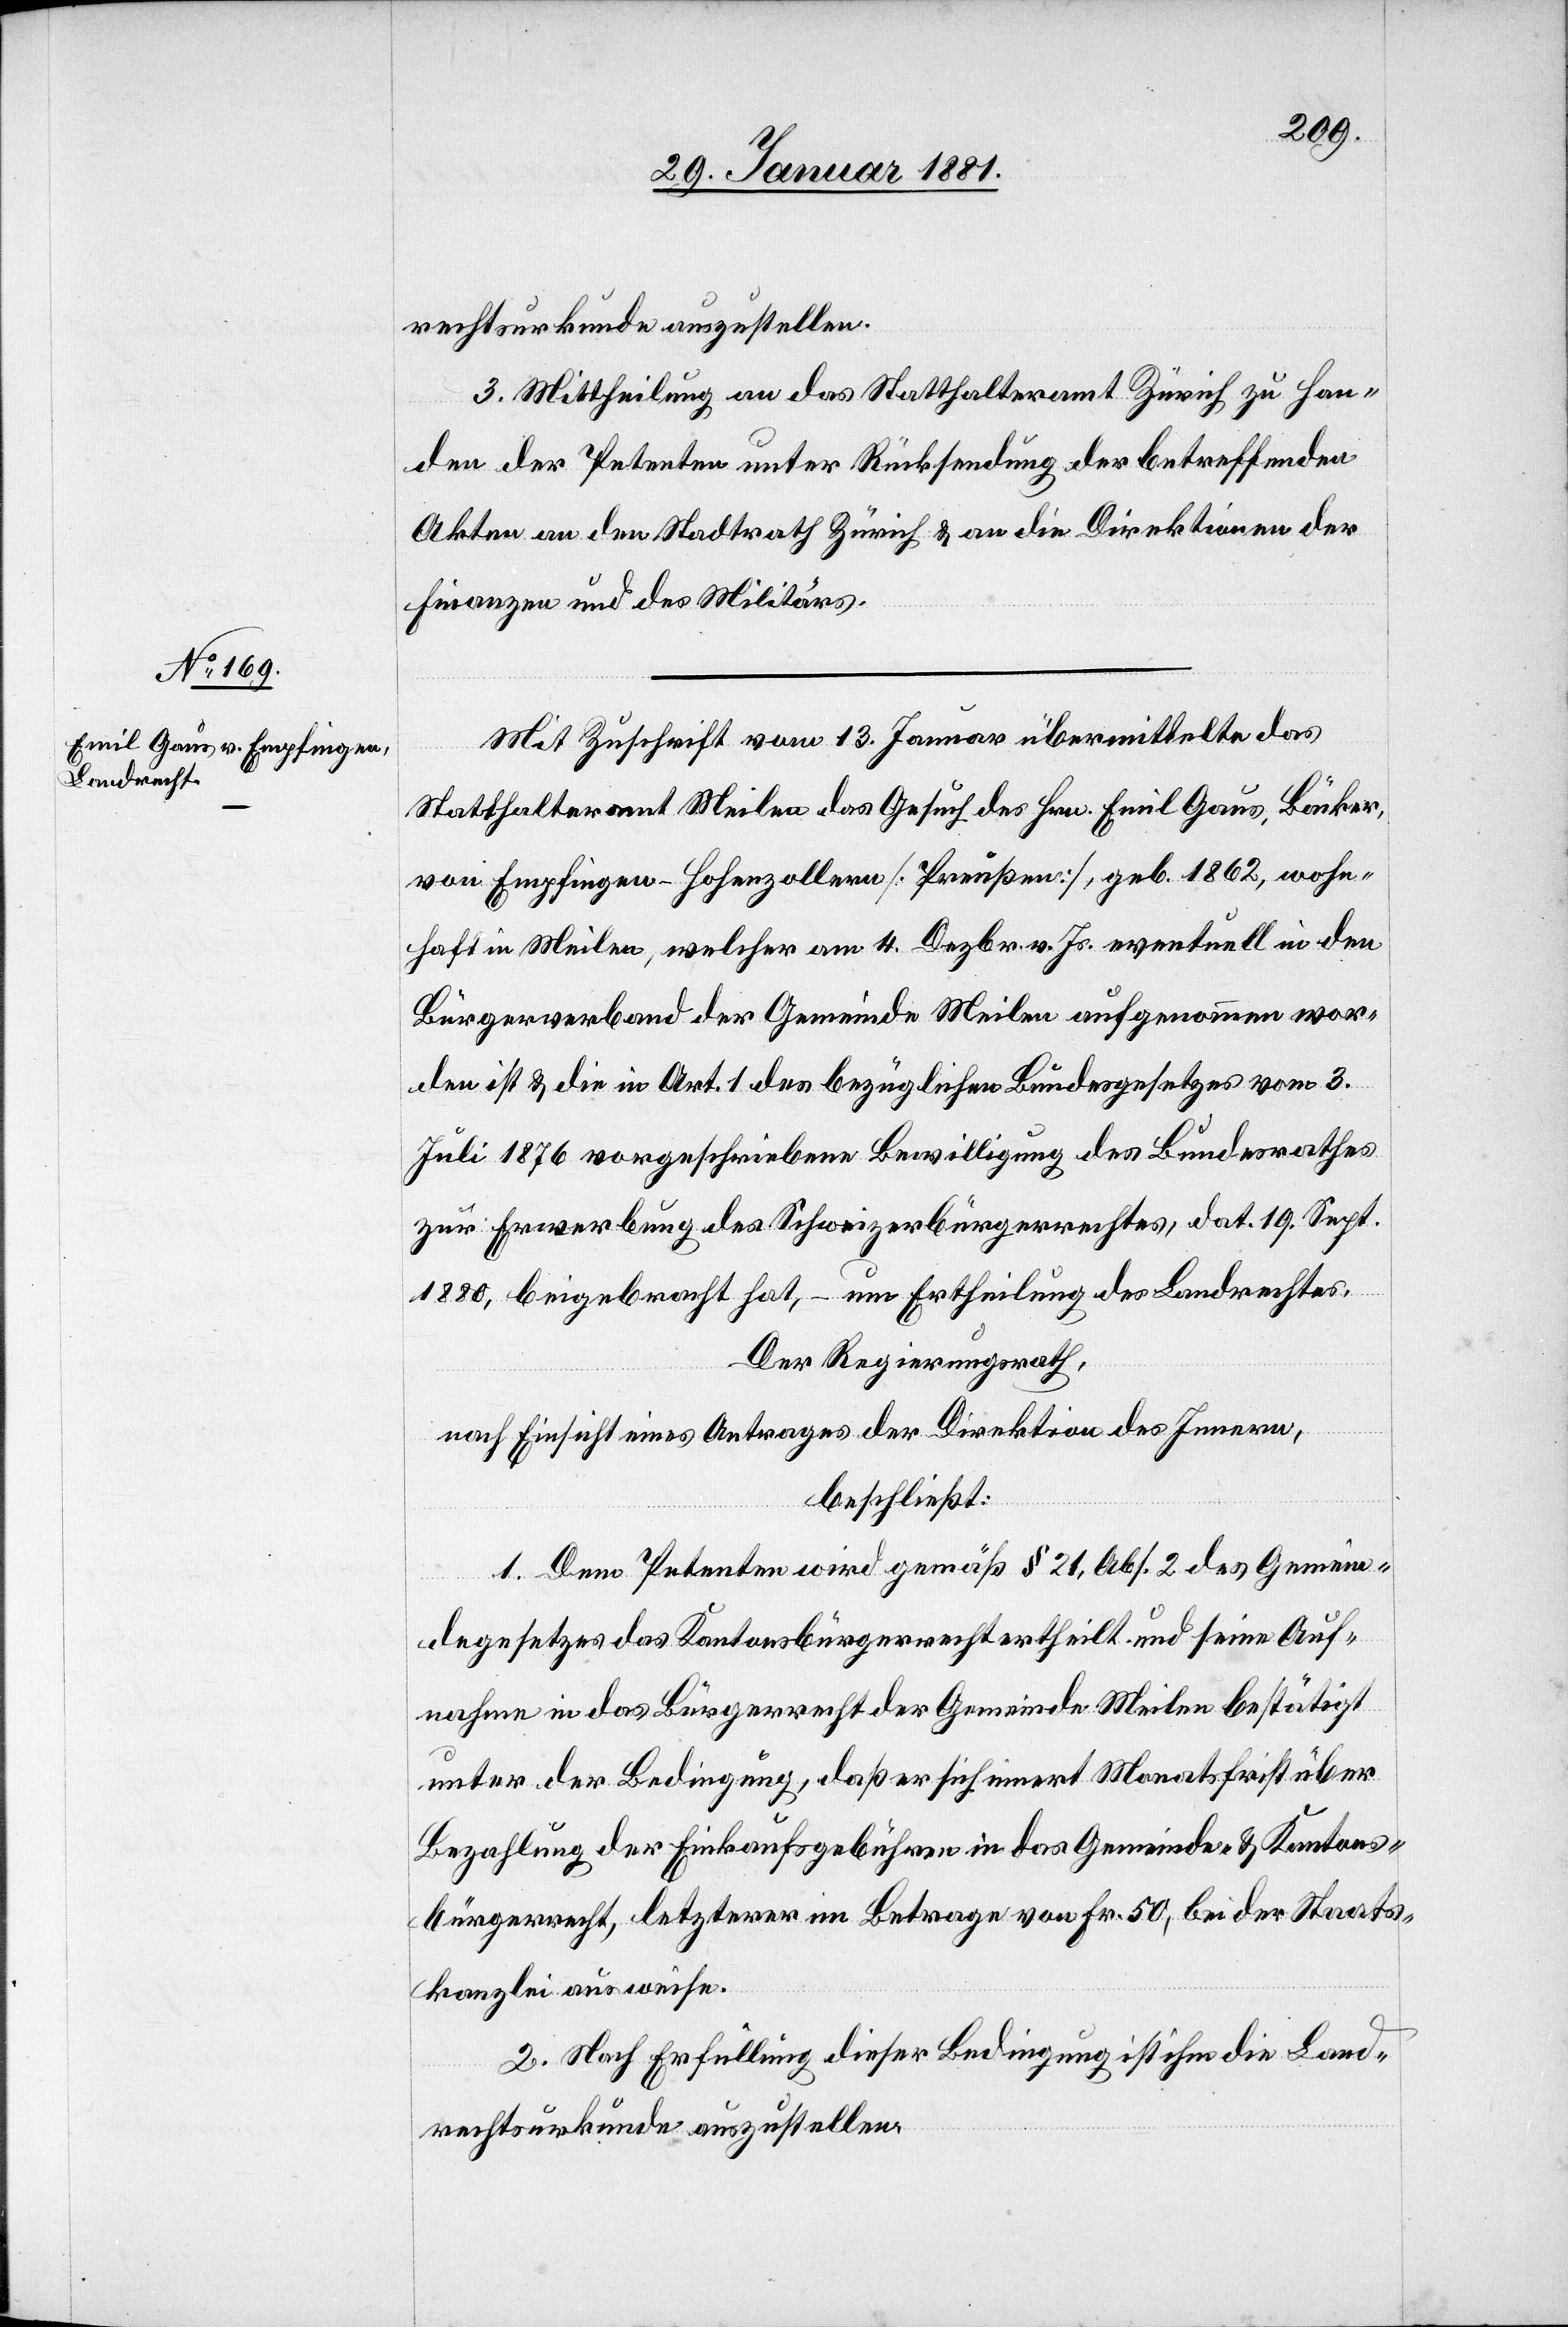
rechtsurkunde auszustellen.
3. Mittheilung an das Statthalteramt Zürich zu Han¬
den der Petenten unter Rücksendung der betreffenden
Akten an den Stadtrath Zürich & an die Direktionen der
Finanzen und des Militärs.
Mit Zuschrift vom 13. Jenner übermittelte das
Statthalteramt Meilen das Gesuch des Hrn. Emil Gaus, Bäcker,
von Empfingen - Hohenzollern [Preußen], geb. 1862, wohn¬
haft in Meilen, welcher am 4. Dezember v. Js. eventuell in den
Bürgerverband der Gemeinde Meilen aufgenommen wor¬
den ist & die in Art. 1 des bezüglichen Bundesgesetzes vom 3.
Juli 1876 vorgeschriebene Bewilligung des Bundesrathes
zur Erwerbung des Schweizerbürgerrechtes, dat. 19. Sept.
1880, beigebracht hat, – um Ertheilung des Landrechtes.
Der Regierungsrath,
nach Einsicht eines Antrages der Direktion des Innern,
beschließt:
1. Dem Petenten wird gemäß § 21, Abs. 2 des Gemein¬
degesetzes das Kantonsbürgerrecht ertheilt und seine Auf¬
nahme in das Bürgerrecht der Gemeinde Meilen bestätigt
unter der Bedingung, daß er sich innert Monatsfrist über
Bezahlung der Einkaufsgebühren in das Gemeinde- & Kantons¬
bürgerrecht, letzterer im Betrage von Fr. 50, bei der Staats¬
kanzlei ausweise.
2. Nach Erfüllung dieser Bedingung ist ihm die Land¬
rechtsurkunde auszustellen.